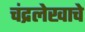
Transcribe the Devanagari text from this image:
चंद्रलेखाचे